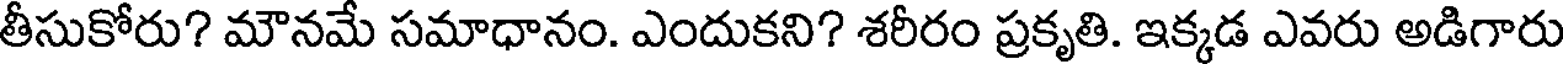
తీసుకోరు? మౌనమే సమాధానం. ఎందుకని? శరీరం ప్రకృతి. ఇక్కడ ఎవరు అడిగారు